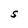
Character: S